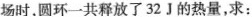
场算起，到刚好有一半进入磁场时。圆环一共释放了32J的热量，求：